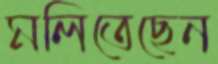
মলিতেছেন